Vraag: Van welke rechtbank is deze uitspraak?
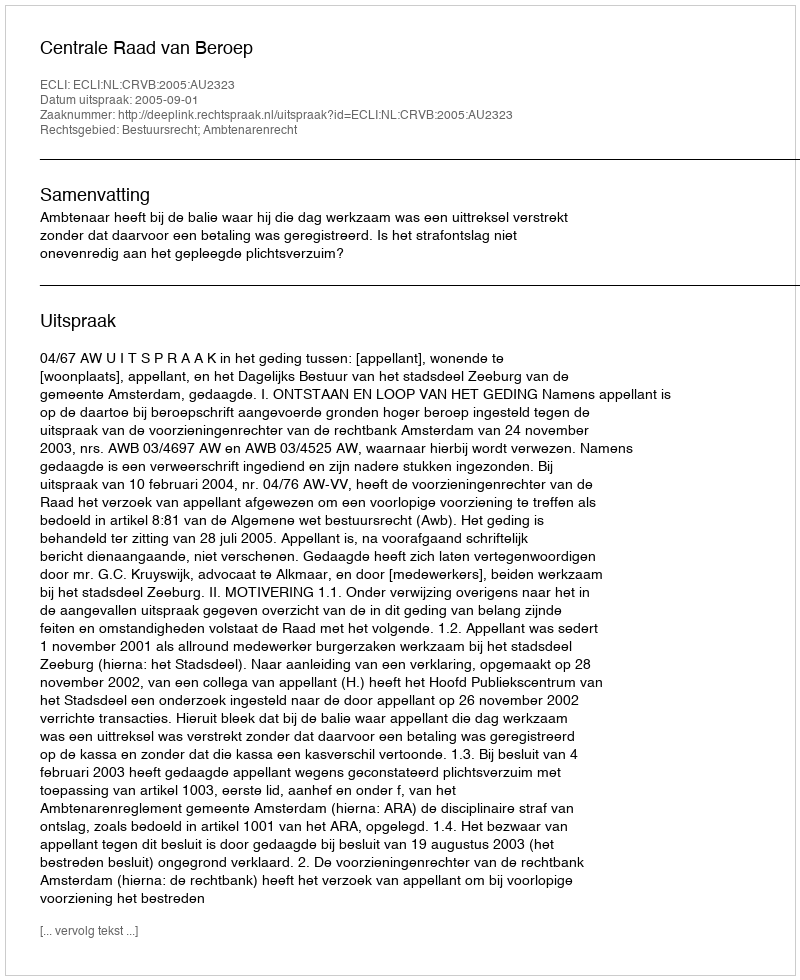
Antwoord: Centrale Raad van Beroep